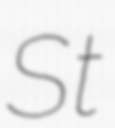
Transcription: St